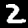
Digit: 2